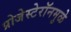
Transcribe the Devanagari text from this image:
प्रोजेस्टेरॉनमुळे